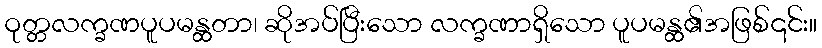
ဝုတ္တလက္ခဏပူပမန္ထတာ၊ ဆိုအပ်ပြီးသော လက္ခဏာရှိသော ပူပမန္ထ၏အဖြစ်၎င်း။